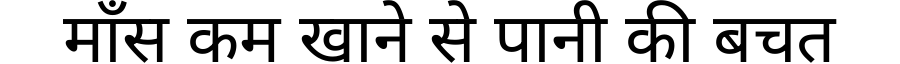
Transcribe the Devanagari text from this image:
माँस कम खाने से पानी की बचत